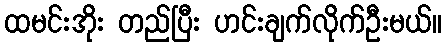
ထမင်းအိုး တည်ပြီး ဟင်းချက်လိုက်ဦးမယ်။